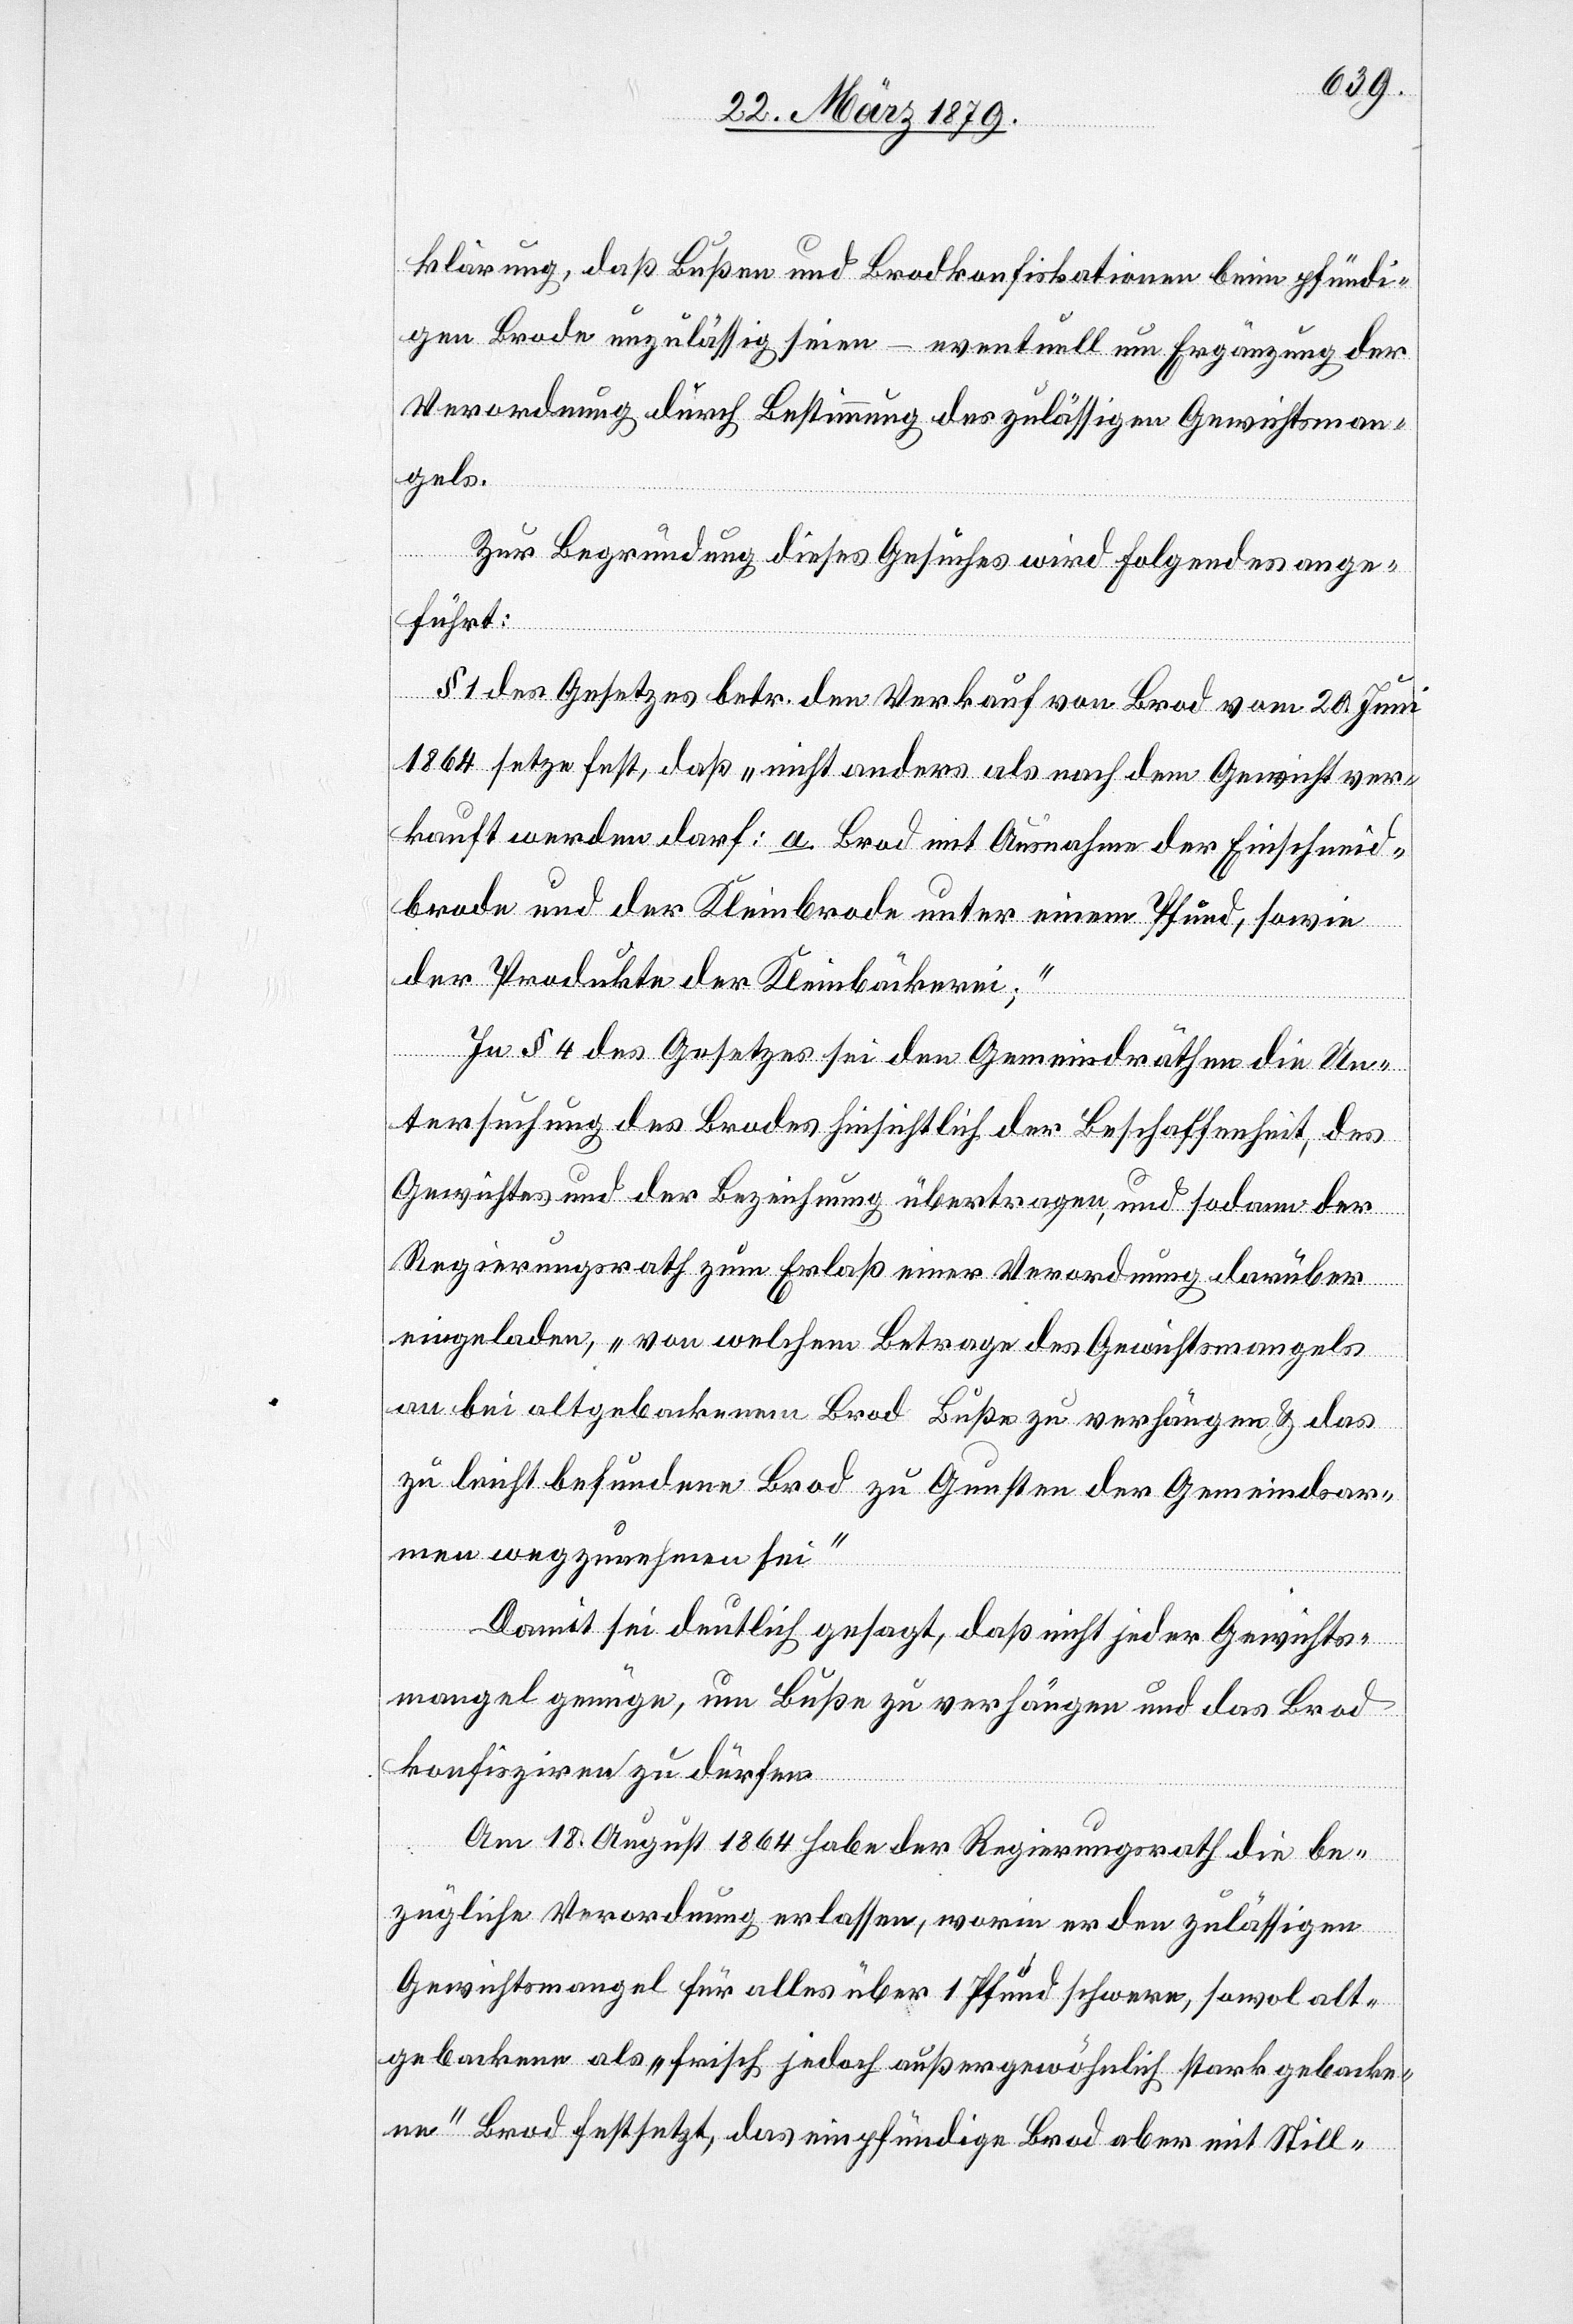
rung, daß Bußen und Brodkonfiskationen beim pfündi¬
gen Brode unzulässig seien – eventuell um Ergänzungen der
Verordnung durch Bestimmung des zulässigen Gewichtsman¬
gels.
Zur Begründung dieses Gesuches wird Folgendes ange¬
führt:
§ 1 des Gesetzes betr. den Verkauf von Brod vom 20. Juni
1864 setze fest, daß „nicht anders als nach dem Gewicht ver¬
kauft werden darf: a Brod mit Ausnahme der Einschneid¬
brode und der Kleinbrode unter einem Pfund, sowie
der Produkte der Kleinbäckerei;“
In § 4 des Gesetzes sei den Gemeindräthen die Un¬
tersuchung des Brodes hinsichtlich der Beschaffenheit, des
Gewichtes und der Bezeichnung übertragen, und sodann der
Regierungsrath zum Erlaß einer Verordnung darüber
eingeladen, „von welchem Betrage des Gewichtsmangels
an bei altgebackenem Brod Buße zu verhängen & das
zu leicht befundene Brod zu Gunsten der Gemeindsar¬
men wegzunehmen sei“[.]
Damit sei deutlich gesagt, daß nicht jeder Gewichts¬
mangel genüge, um Buße zu verhängen und das Brod
konfiszieren zu dürfen.
Am 18. August 1864 habe der Regierungsrath die be¬
zügliche Verordnung erlassen, worin er den zulässigen
Gewichtsmangel für alles über 1 Pfund schwere, sowol alt¬
gebackene als „frisch jedoch außergewöhnlich stark gebacke¬
ne“ Brod festsetzt, das einpfündige Brod aber mit Still-